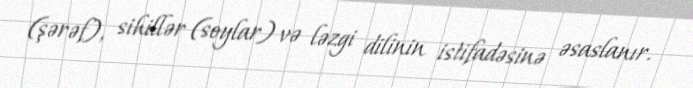
(şərəf), sihillər (soylar) və ləzgi dilinin istifadəsinə əsaslanır.